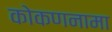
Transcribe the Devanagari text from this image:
कोकणनामा